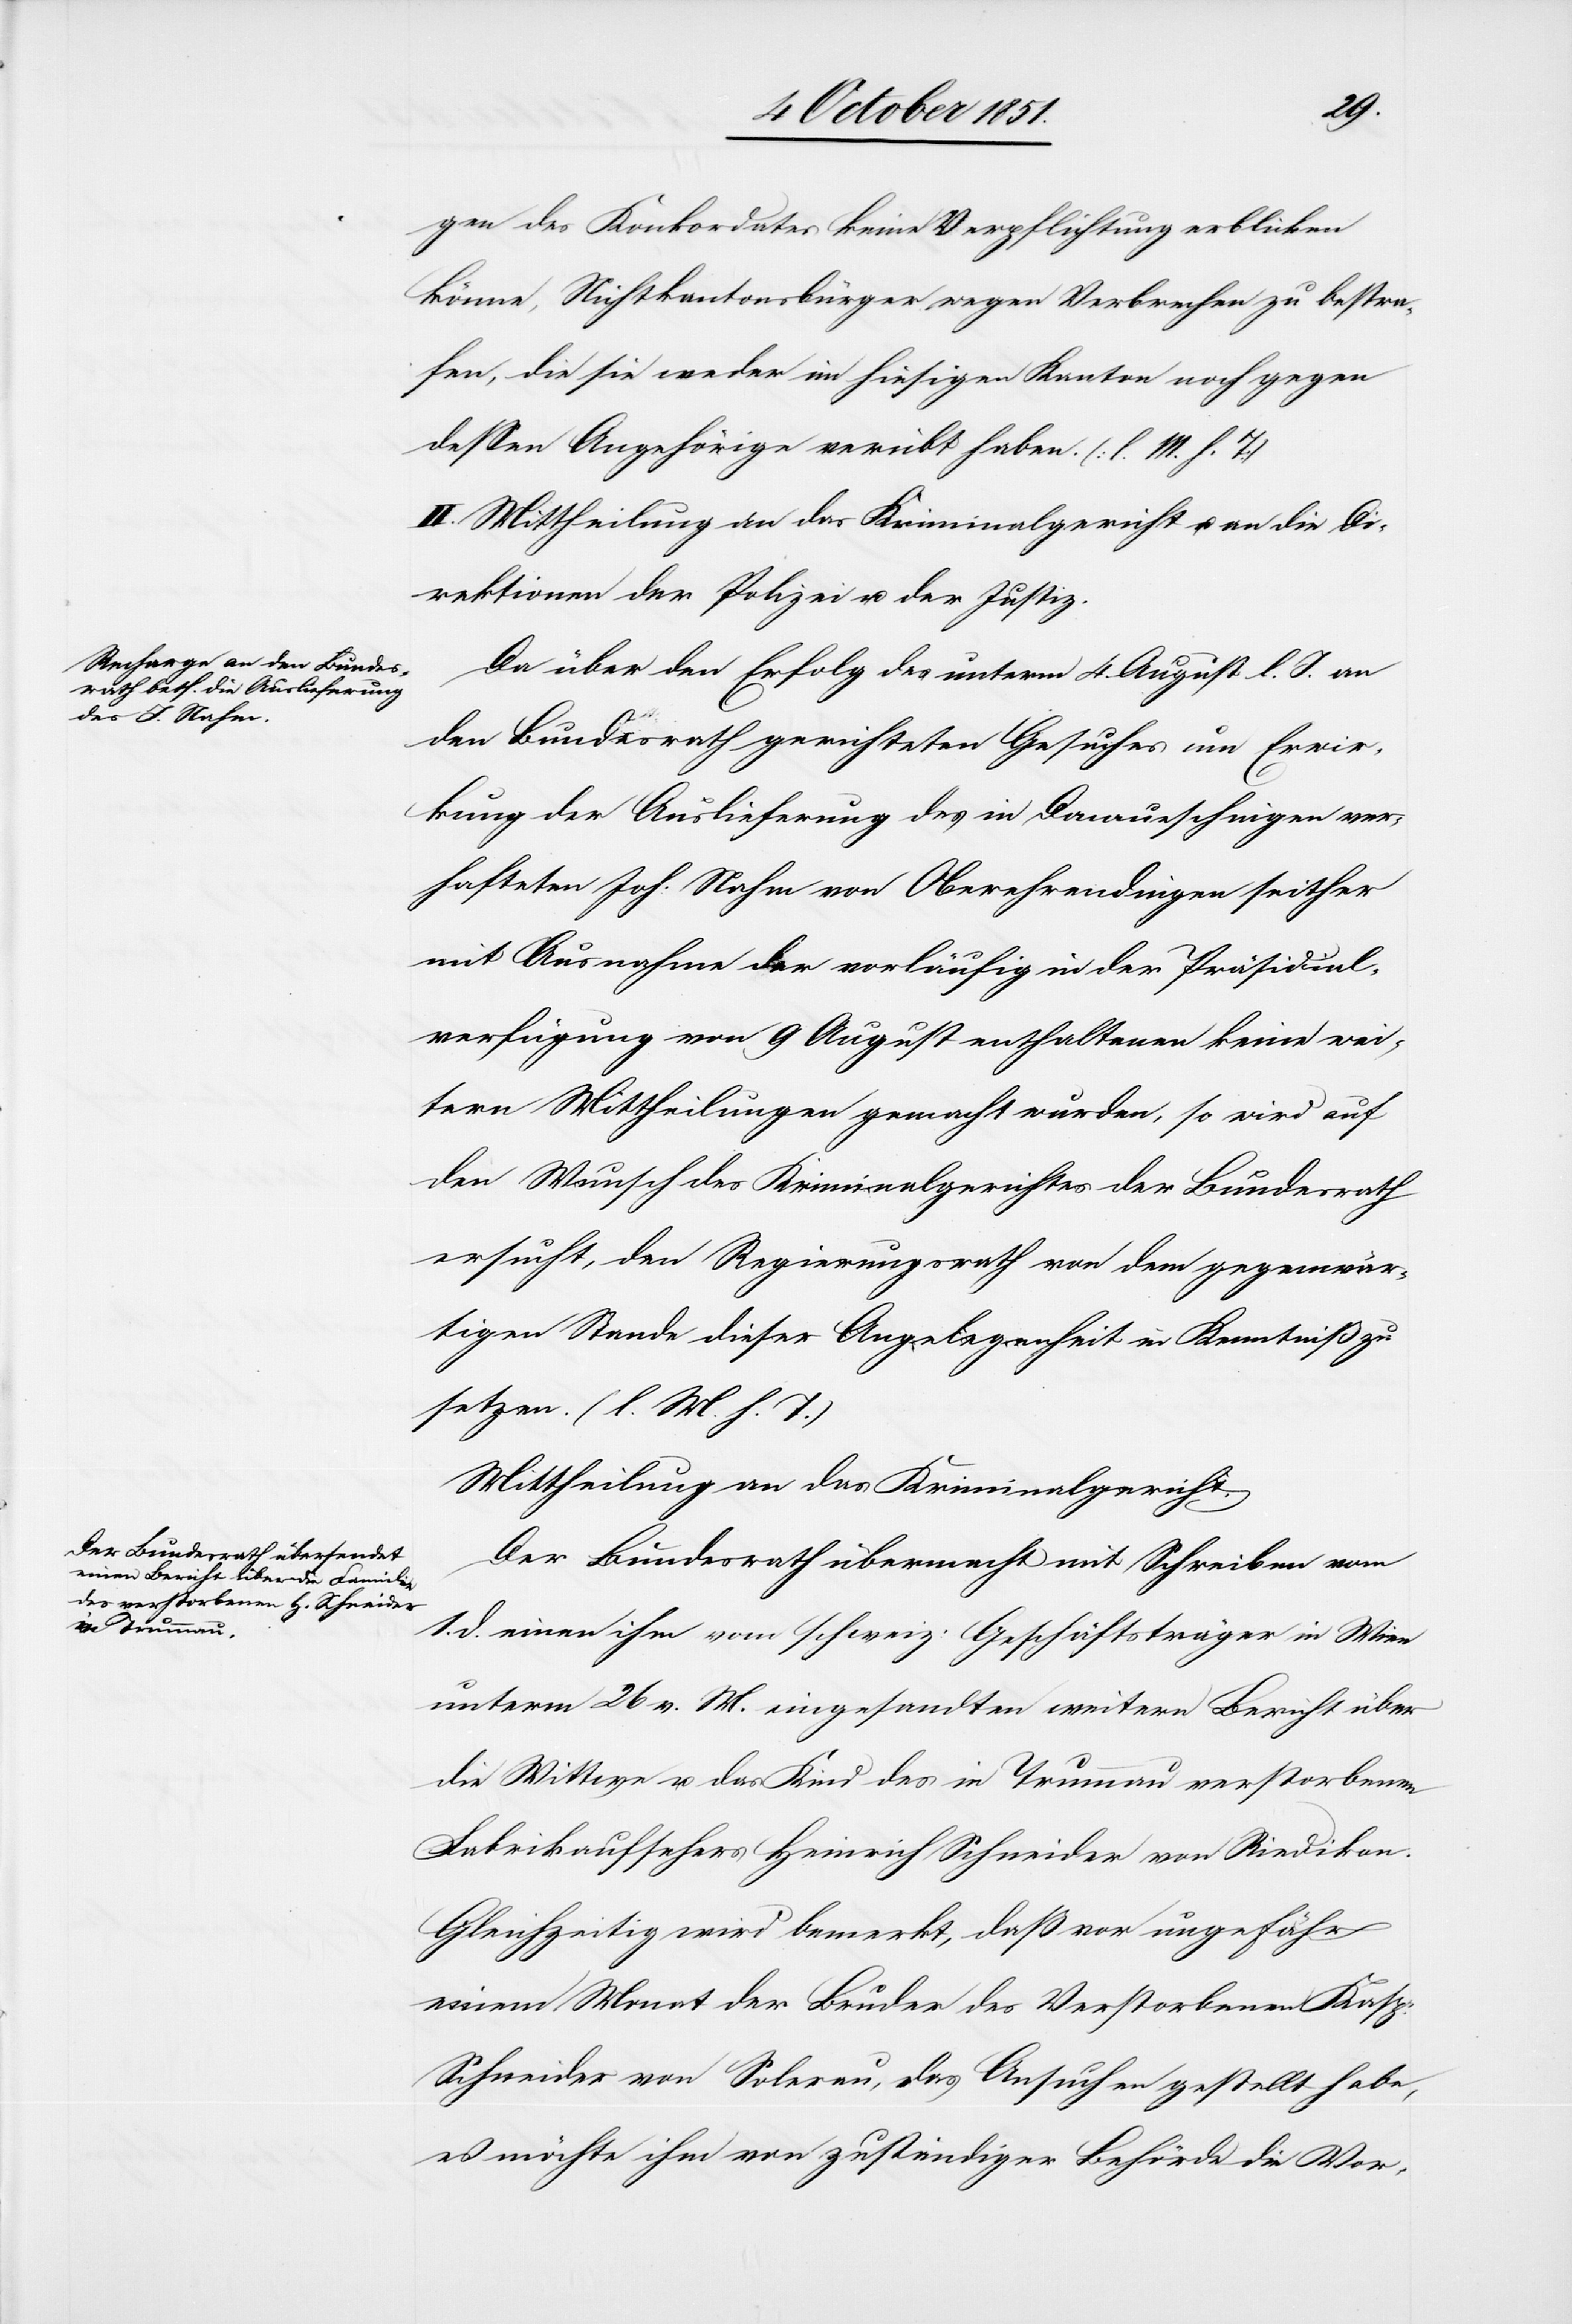
gen des Konkordates keine Verpflichtung erblicken
könne, Nichtkantonsbürger wegen Verbrechen zu bestra¬
fen, die sie weder im hiesigen Kanton noch gegen
dessen Angehörige verübt haben. (l. M. h. T)
II. Mittheilung an das Kriminalgericht u. an die Di¬
rektionen der Polizei u. der Justiz.
Da über den Erfolg des unterm 4. August l. J. an
den Bundesrath gerichteten Gesuches um Erwir¬
kung der Auslieferung des in Donaueschingen ver¬
hafteten Joh: Nahm von Oberehrendingen seither
mit Ausnahme der vorläufig in der Präsidial¬
verfügung von [sic!] 9 August enthaltenen keine wei¬
tern Mittheilungen gemacht wurden, so wird auf
den Wunsch des Kriminalgerichtes der Bundesrath
ersucht, den Regierungsrath von dem gegenwär¬
tigen Stande dieser Angelegenheit in Kenntniß zu
setzen. (l. M. h. T.)
Der Bundesrath übermacht mit Schreiben vom
1. d. einen ihm vom schweiz: Geschäftsträger in Wien
unterm 26 v. M. eingesandten weitern Bericht über
die Wittwe u. das Kind des in Trummau verstorbenen
Fabrikaufsehers Heinrich Schneider von Riedikon.
Gleichzeitig wird bemerkt, daß vor ungefähr
einem Monat der Bruder des Verstorbenen Kasp:
Schneider von Solerau, das Ansuchen gestellt habe,
es möchte ihm von zuständiger Behörde die Vor-